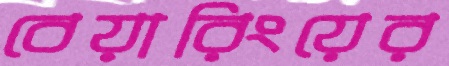
বেয়ারিংয়ের